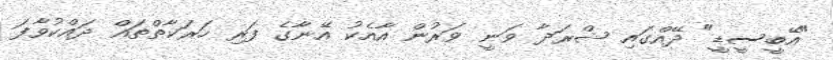
"އޭބީސީޑީ" ދޭއްގައި ޝްރަދާ ވަނީ ވަރުން އާއެކު އޭނާގެ ފަރި ހަރަކާތްތައް ދައްކުވާފަ